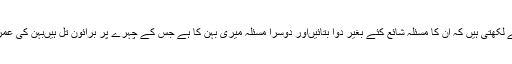
افشاں ملتان سے لکھتی ہیں کہ اُن کا مسئلہ شائع کئے بغیر دوا بتائیںاور دوسرا مسئلہ میری بہن کا ہے جس کے چہرے پر برائون تل ہیںبہن کی عمر 20 سال ہے۔